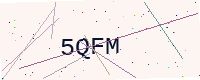
Text: 5QFM